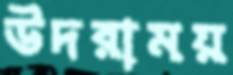
উদরাময়